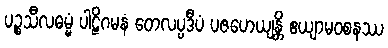
ပဉ္စသီလဓမ္မံ ပါဠိဂမနံ တေလပ္ပဒီပံ ပဇဟေယျန္တိ ဧယျာမဝစနဿ